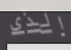
الذي